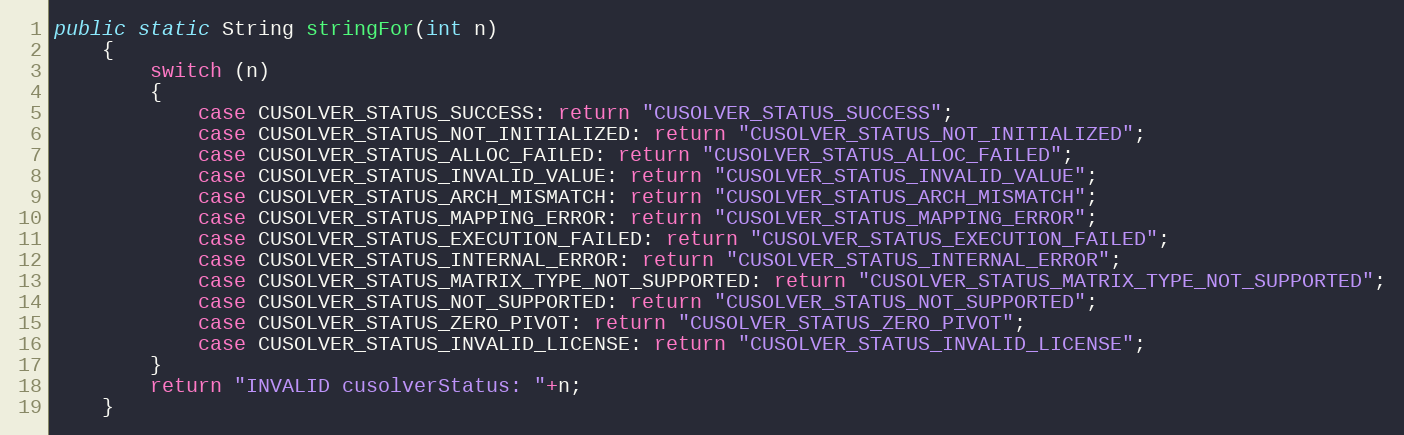
Language: Java
public static String stringFor(int n)
    {
        switch (n)
        {
            case CUSOLVER_STATUS_SUCCESS: return "CUSOLVER_STATUS_SUCCESS";
            case CUSOLVER_STATUS_NOT_INITIALIZED: return "CUSOLVER_STATUS_NOT_INITIALIZED";
            case CUSOLVER_STATUS_ALLOC_FAILED: return "CUSOLVER_STATUS_ALLOC_FAILED";
            case CUSOLVER_STATUS_INVALID_VALUE: return "CUSOLVER_STATUS_INVALID_VALUE";
            case CUSOLVER_STATUS_ARCH_MISMATCH: return "CUSOLVER_STATUS_ARCH_MISMATCH";
            case CUSOLVER_STATUS_MAPPING_ERROR: return "CUSOLVER_STATUS_MAPPING_ERROR";
            case CUSOLVER_STATUS_EXECUTION_FAILED: return "CUSOLVER_STATUS_EXECUTION_FAILED";
            case CUSOLVER_STATUS_INTERNAL_ERROR: return "CUSOLVER_STATUS_INTERNAL_ERROR";
            case CUSOLVER_STATUS_MATRIX_TYPE_NOT_SUPPORTED: return "CUSOLVER_STATUS_MATRIX_TYPE_NOT_SUPPORTED";
            case CUSOLVER_STATUS_NOT_SUPPORTED: return "CUSOLVER_STATUS_NOT_SUPPORTED";
            case CUSOLVER_STATUS_ZERO_PIVOT: return "CUSOLVER_STATUS_ZERO_PIVOT";
            case CUSOLVER_STATUS_INVALID_LICENSE: return "CUSOLVER_STATUS_INVALID_LICENSE";
        }
        return "INVALID cusolverStatus: "+n;
    }